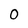
Character: 0